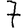
Digit: 7